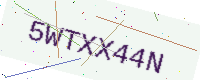
Text: 5WTXX44N